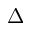
\Delta